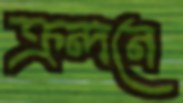
ক্রন্দনে